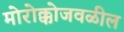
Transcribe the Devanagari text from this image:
मोरोक्कोजवळील